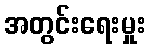
အတွင်းရေးမှုး